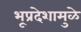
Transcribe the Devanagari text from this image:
भूप्रदेशामुळे